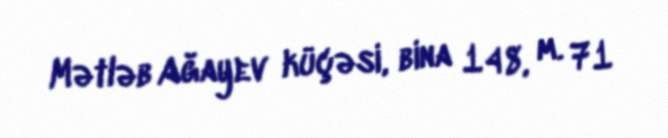
Mətləb Ağayev küçəsi, bina 148, m. 71